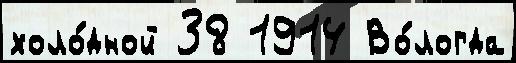
холо́дной 38 1914 Во́логда